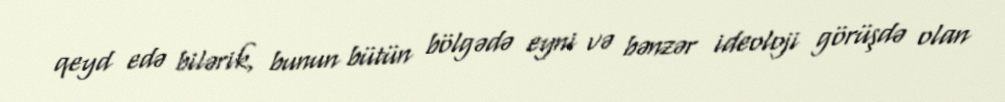
qeyd edə bilərik, bunun bütün bölgədə eyni və bənzər ideoloji görüşdə olan